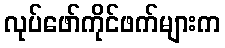
လုပ်ဖော်ကိုင်ဖက်များက